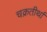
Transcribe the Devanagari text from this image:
चक्रतीर्था